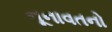
નૂનાવતનો